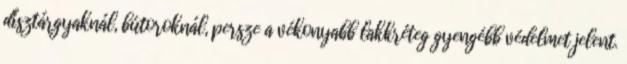
dísztárgyaknál, bútoroknál, persze a vékonyabb lakkréteg gyengébb védelmet jelent.